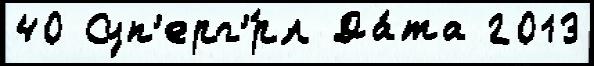
40 Суп'ерг'́рл Да́та 2013